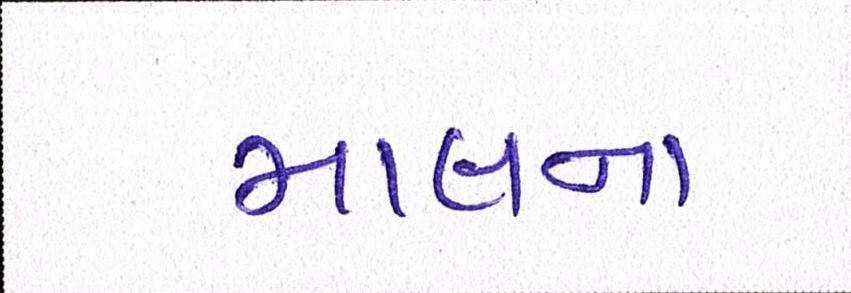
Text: માલના